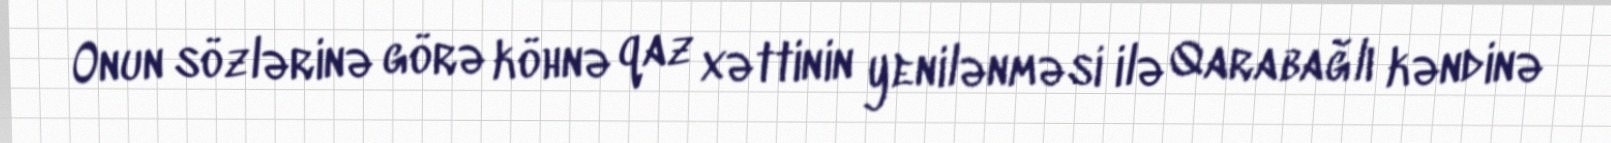
Onun sözlərinə görə köhnə qaz xəttinin yenilənməsi ilə Qarabağlı kəndinə